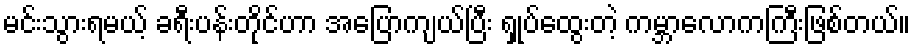
မင်းသွားရမယ့် ခရီးပန်းတိုင်ဟာ အပြောကျယ်ပြီး ရှုပ်ထွေးတဲ့ ကမ္ဘာလောကကြီးဖြစ်တယ်။